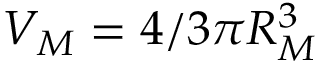
V _ { M } = 4 / 3 \pi R _ { M } ^ { 3 }